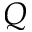
Q